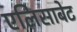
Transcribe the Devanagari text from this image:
एलिसाबेट